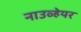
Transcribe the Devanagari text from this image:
नाउव्हेयर